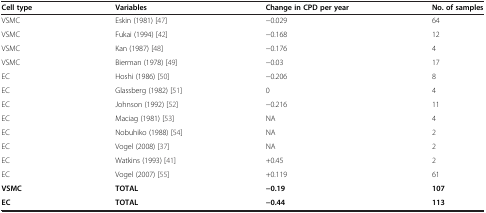
| Cell type | Variables | Change in CPD per year | No. of samples |
 | --- | --- | --- | --- |
 | VSMC | Eskin (1981) [47] | −0.029 | 64 |
 | VSMC | Fukai (1994) [42] | −0.168 | 12 |
 | VSMC | Kan (1987) [48] | −0.176 | 4 |
 | VSMC | Bierman (1978) [49] | −0.03 | 17 |
 | EC | Hoshi (1986) [50] | −0.206 | 8 |
 | EC | Glassberg (1982) [51] | 0 | 4 |
 | EC | Johnson (1992) [52] | −0.216 | 11 |
 | EC | Maciag (1981) [53] | NA | 4 |
 | EC | Nobuhiko (1988) [54] | NA | 2 |
 | EC | Vogel (2008) [37] | NA | 2 |
 | EC | Watkins (1993) [41] | +0.45 | 2 |
 | EC | Vogel (2007) [55] | +0.119 | 61 |
 | VSMC | TOTAL | −0.19 | 107 |
 | EC | TOTAL | −0.44 | 113 |